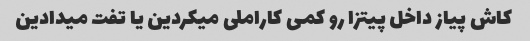
کاش پیاز داخل پیتزا رو کمی کاراملی میکردین یا تفت میدادین